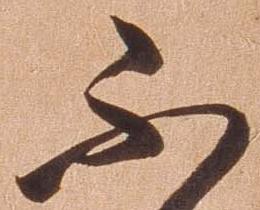
不